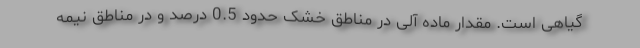
گیاهی است. مقدار ماده آلی در مناطق خشک حدود 0.5 درصد و در مناطق نیمه